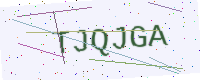
Text: TJQJGA